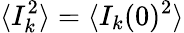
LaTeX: \langle I_{k}^{2}\rangle=\langle I_{k}(0)^{2}\rangle